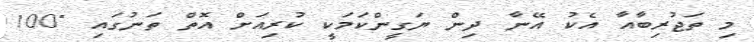
މި ތަޖުރިބާއާ އެކު އޭނާ ދިން ޔަގީންކަމަކީ ކުރިއަށް އޮތް ތަނުގައި "100